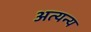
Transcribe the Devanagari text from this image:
अत्यन्य